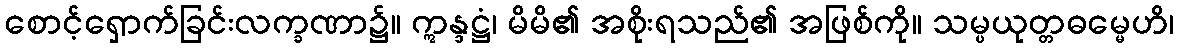
စောင့်ရှောက်ခြင်းလက္ခဏာ၌။ ဣန္ဒဋ္ဌံ၊ မိမိ၏ အစိုးရသည်၏ အဖြစ်ကို။ သမ္ပယုတ္တဓမ္မေဟိ၊